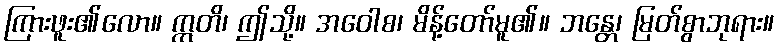
ကြားဖူး၏လော။ ဣတိ၊ ဤသို့။ အဝေါစ၊ မိန့်တော်မူ၏။ ဘန္တေ၊ မြတ်စွာဘုရား။